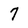
Character: 7